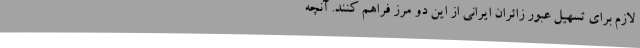
لازم برای تسهیل عبور زائران ایرانی از این دو مرز فراهم کنند. آنچه